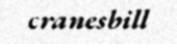
cranesbill